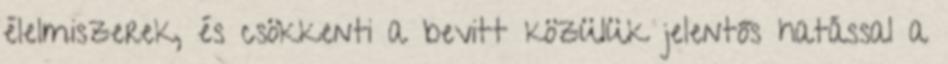
élelmiszerek, és csökkenti a bevitt közülük jelentős hatással a